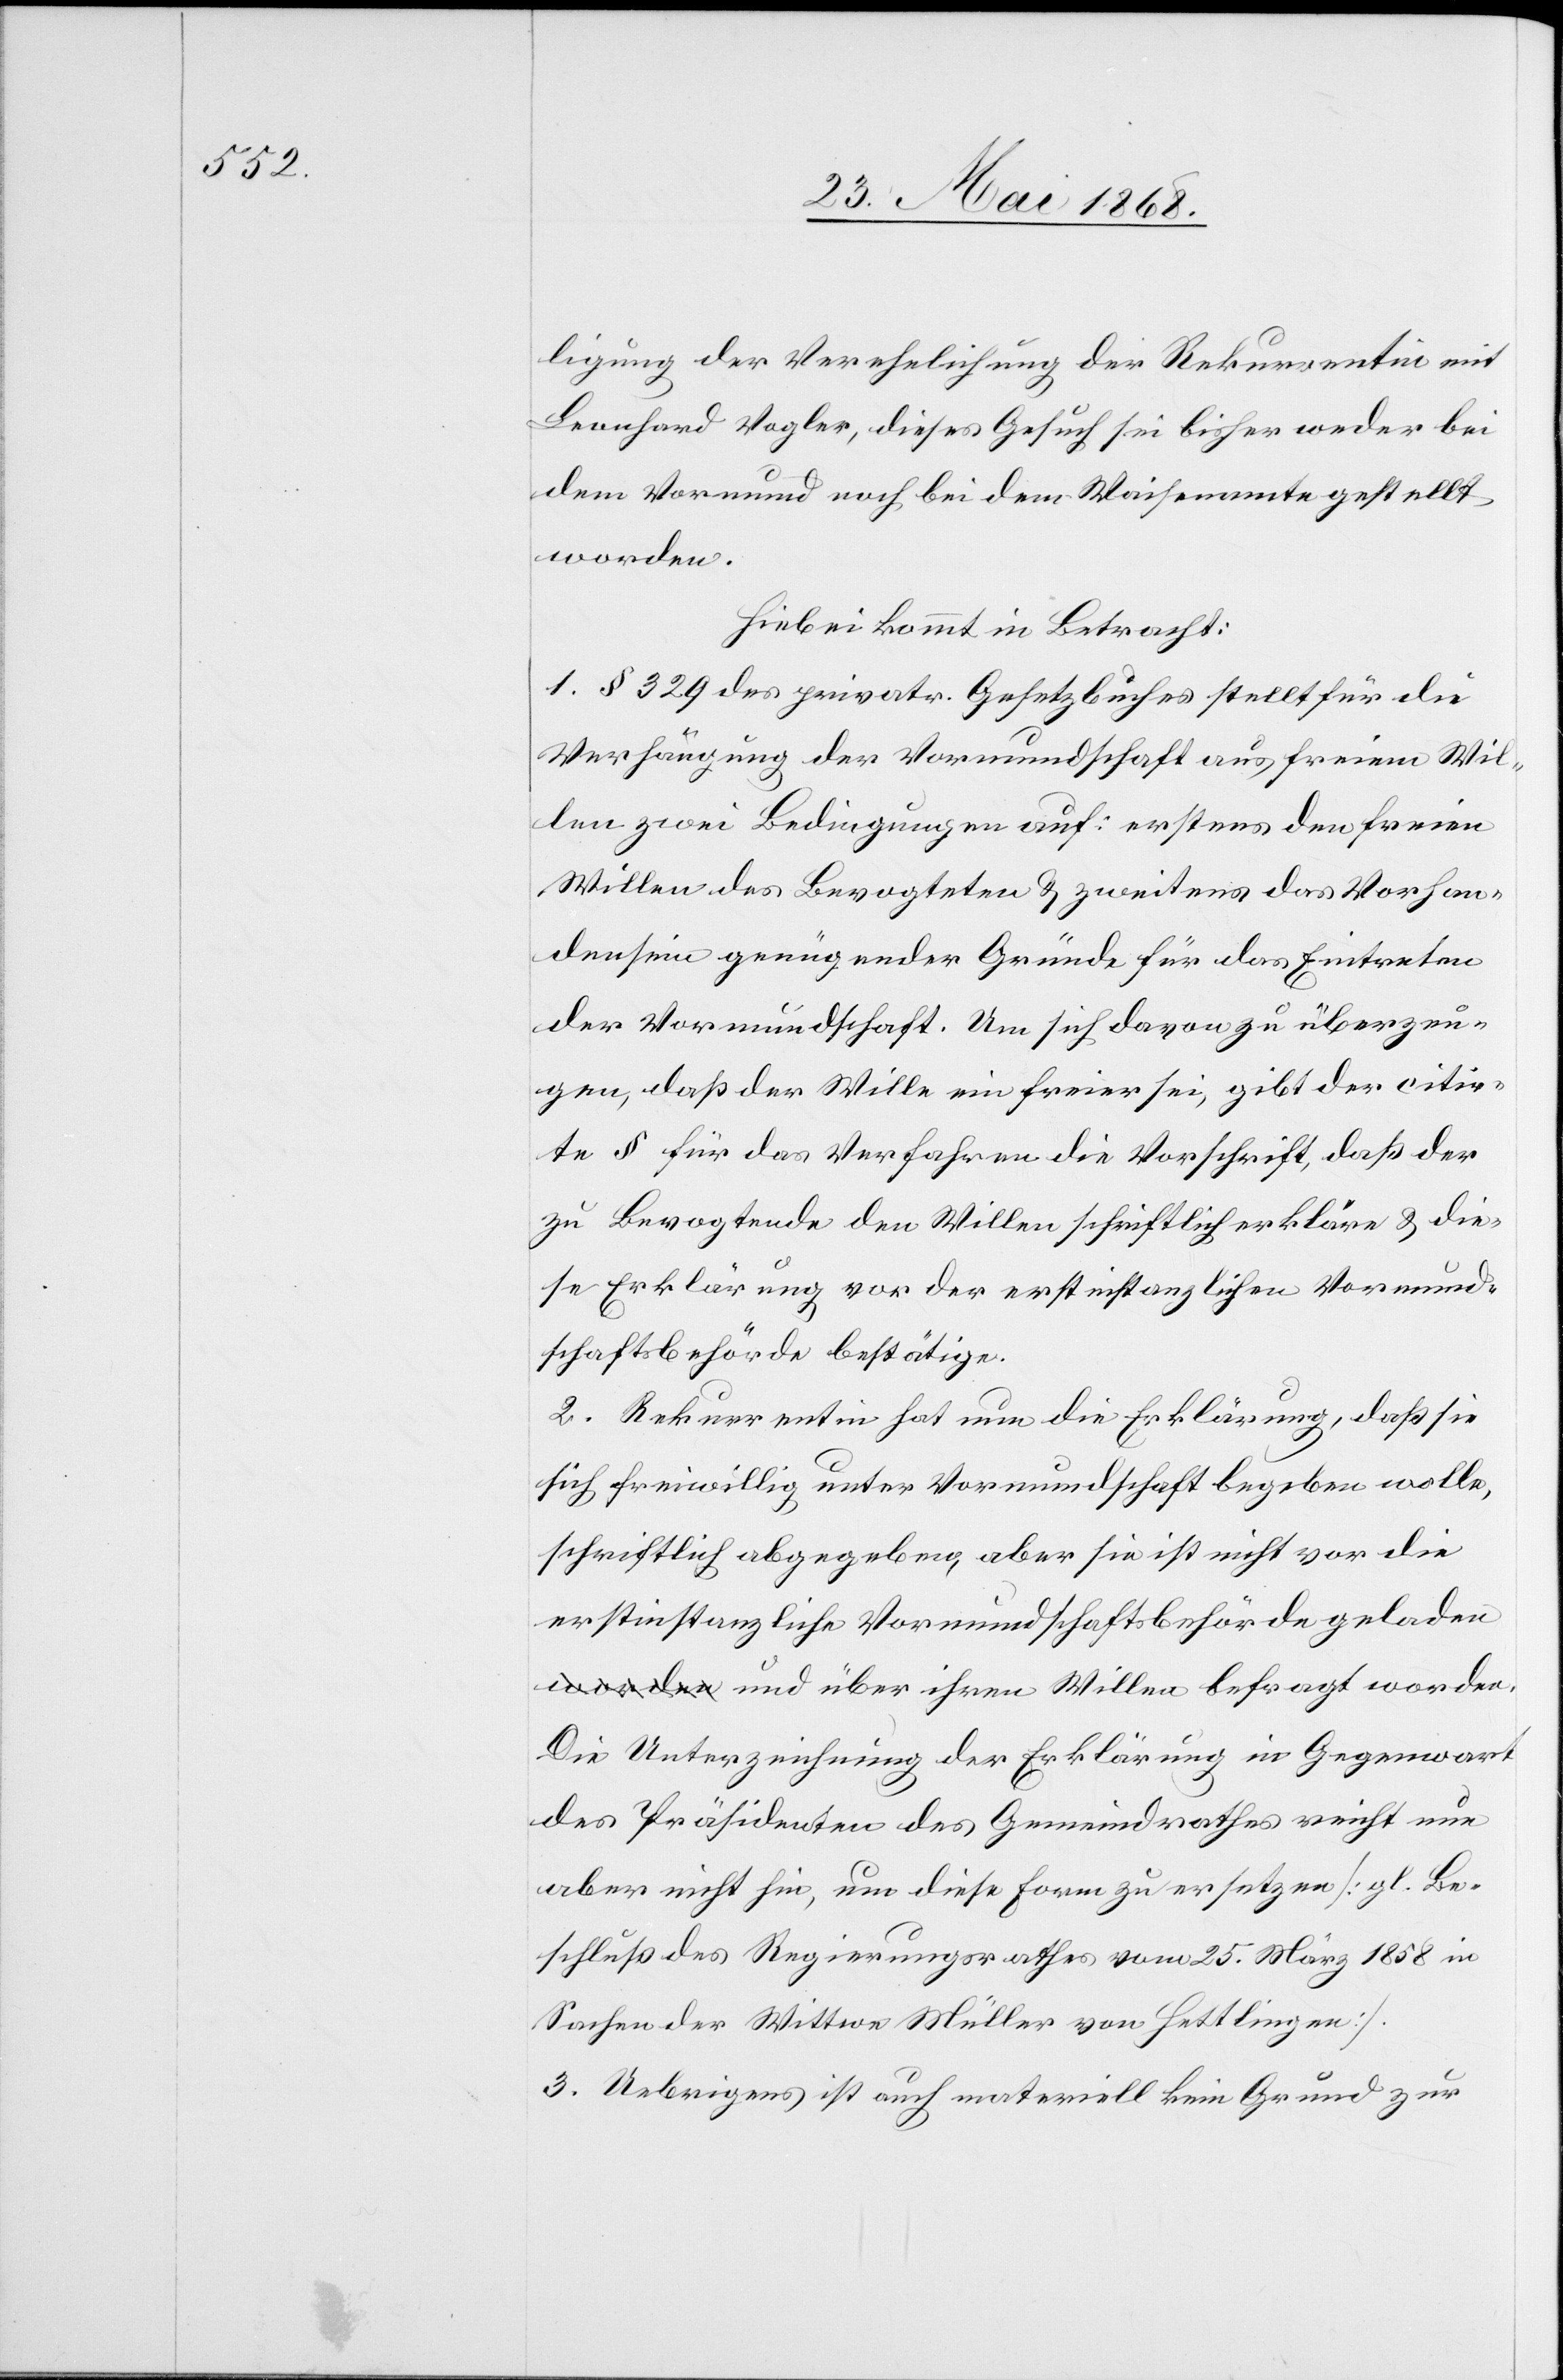
ligung der Verehelichung der Rekurrentin mit
Leonhard Vogler, dieses Gesuch sei bisher weder bei
dem Vormund noch bei dem Waisenamte gestellt
worden.
Hiebei kommt in Betracht:
1. § 329 des privatr. Gesetzbuches stellt für die
Verhängung der Vormundschaft aus freiem Wil¬
len zwei Bedingungen auf: erstens den freien
Willen des Bevogteten & zweitens das Vorhan¬
densein genügender Gründe für das Eintreten
der Vormundschaft. Um sich davon zu überzeu¬
gen, daß der Wille ein freier sei, gibt der citir¬
te § für das Verfahren die Vorschrift, daß der
zu Bevogtende den Willen schriftlich erkläre & die¬
se Erklärung vor der erstinstanzlichen Vormund¬
schaftsbehörde bestätige.
2. Rekurrentin hat nun die Erklärung, daß sie
sich freiwillig unter Vormundschaft begeben wolle,
schriftlich abgegeben, aber sie ist nicht vor die
erstinstanzliche Vormundschaftsbehörde gelade¬
n und über ihren Willen befragt worden.
Die Unterzeichnung der Erklärung in Gegenwart
des Präsidenten des Gemeindrathes reicht nun
aber nicht hin, um diese Form zu ersetzen [v]gl. Be¬
schluß des Regierungsrathes vom 25. März 1858 in
Sachen der Wittwe Müller von Hettlingen].
3. Uebrigens ist auch materiell kein Grund zur